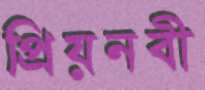
প্রিয়নবী